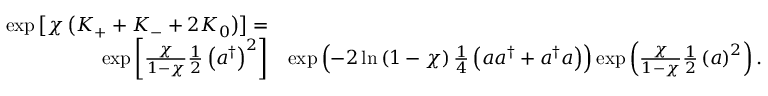
\begin{array} { r l } { \exp \left[ \chi \left( K _ { + } + K _ { - } + 2 K _ { 0 } \right) \right] = } & { } \\ { \exp \left[ \frac { \chi } { 1 - \chi } \frac { 1 } { 2 } \left( a ^ { \dag } \right) ^ { 2 } \right] } & { \exp \left( - 2 \ln \left( 1 - \chi \right) \frac { 1 } { 4 } \left( a a ^ { \dag } + a ^ { \dag } a \right) \right) \exp \left( \frac { \chi } { 1 - \chi } \frac { 1 } { 2 } \left( a \right) ^ { 2 } \right) . } \end{array}